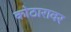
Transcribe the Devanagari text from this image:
कोठारावर